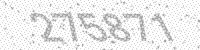
Solution: 275871